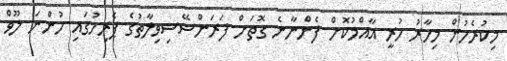
މިކުރެހުން މިހާރު ހުރީ އާއްމުކޮށް ފެންނާނެ ގޮތަށް ފަރަންސޭސިވިލާތުގެ ޕެރިހުގައި ހުންނަ ލޫވް